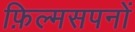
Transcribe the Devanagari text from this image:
फ़िल्मसपनों